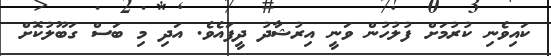
ކައިވެނި ކުރުމަށް ފުލުހުން ވަނީ އިރުޝާދު ދީފައެވެ. އަދި މި ބަސް ގަބޫލުކޮށް